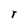
Character: r